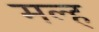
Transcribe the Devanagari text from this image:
मल्ह